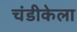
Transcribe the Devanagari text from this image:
चंडीकेला